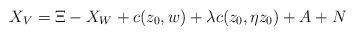
LaTeX: \begin{align*}X_V=\Xi-X_W+c(z_0,w)+\lambda c(z_0,\eta z_0)+A+N\end{align*}